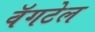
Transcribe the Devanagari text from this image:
वॅगटेल